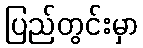
ပြည်တွင်းမှာ